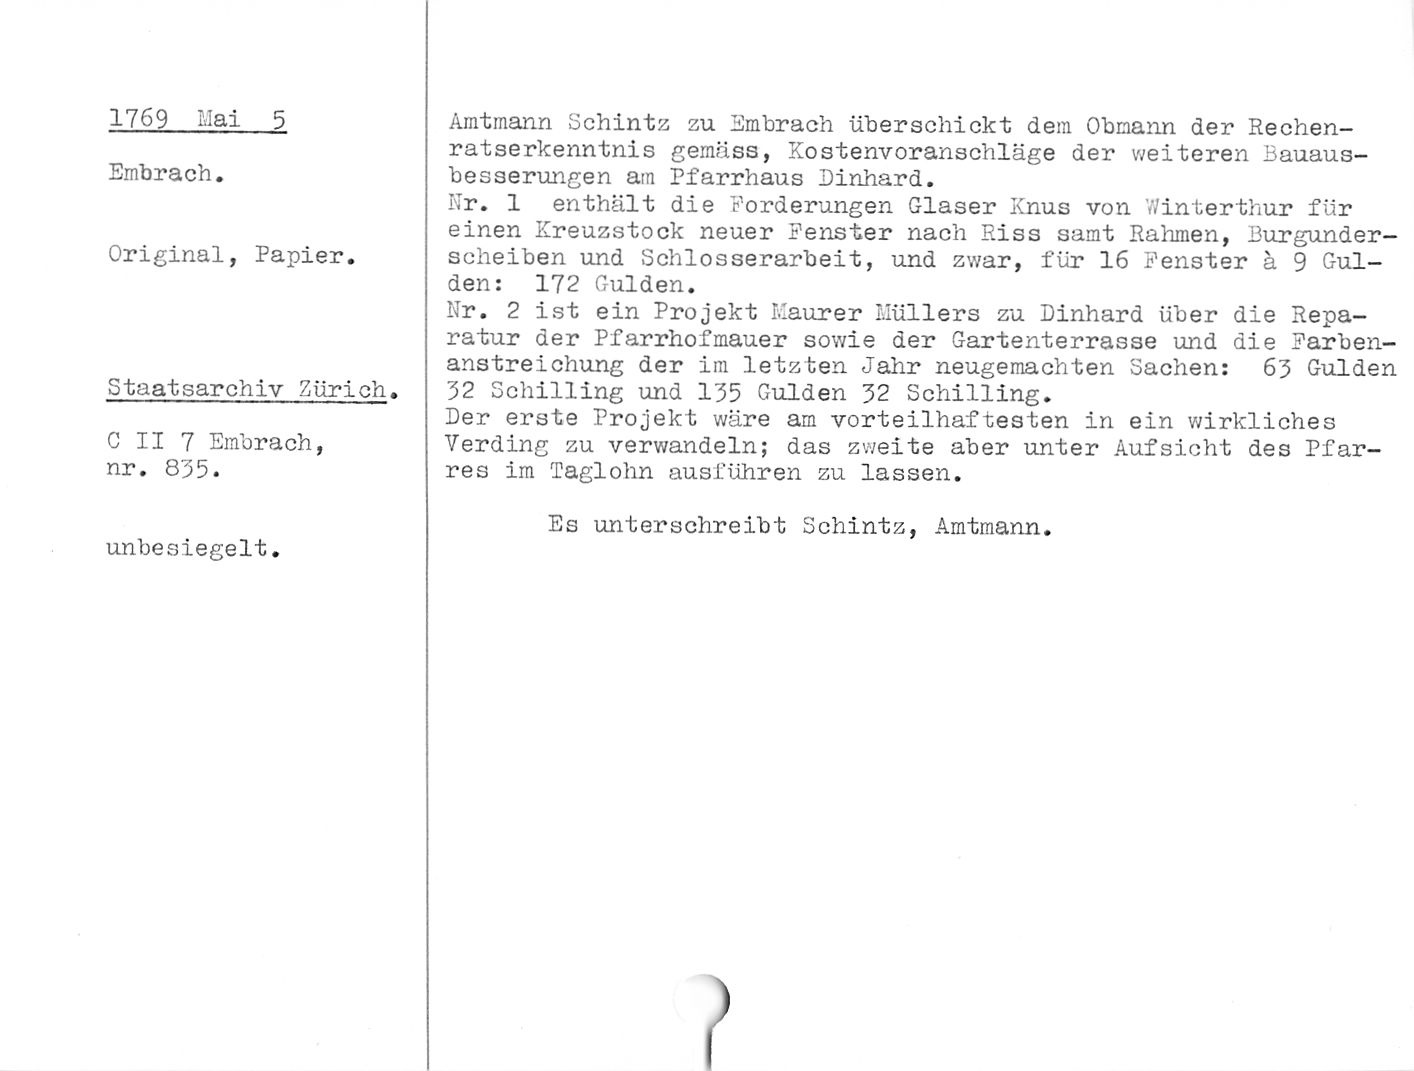
1769 Mai 5

Embrach.

Original, Papier.

Staatsarchiv Zürich.

C II 7 Embrach,
nr. 835.

unbesiegelt.

Amtmann Schintz zu Embrach überschickt dem Obmann der Rechen¬
ratserkenntnis gemäss, Kostenvoranschläge der weiteren Bauaus¬
besserungen am Pfarrhaus Einhard.

Nr. 1 enthält die Forderungen Glaser Knus von Y/interthur für
einen Kreuzstock neuer Fenster nach Riss samt Rahmen, Burgunder¬
scheiben und Schlosserarbeit, und zwar, für 16 Fenster ä 9 Gul¬
den: 172 Gulden.

Nr. 2 ist ein Projekt Maurer Müllers zu Einhard über die Repa¬
ratur der Pfarrhofmauer sowie der Gartenterrasse und die Farben-
anstreichung der im letzten Jahr neugemachten Sachen: 63 Gulden

32 Schilling und 135 Gulden 32 Schilling.

Ber erste Projekt wäre am vorteilhaftesten in ein wirkliches
Verding zu verwandeln; das zweite aber unter Aufsicht des Pfar-
res im Taglohn ausführen zu lassen.

Es unterschreibt Schintz, Amtmann.